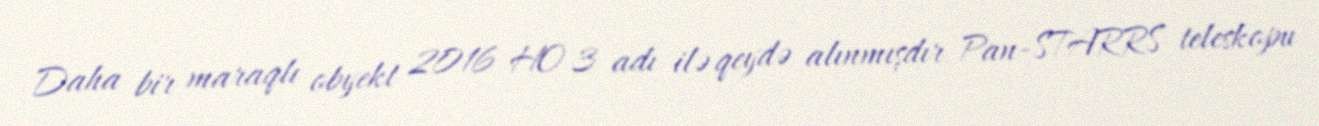
Daha bir maraqlı obyekt 2016 HO 3 adı ilə qeydə alınmışdır Pan-STARRS teleskopu